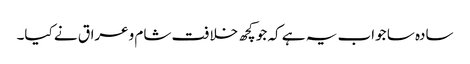
سادہ سا جواب یہ ہے کہ جو کچھ خلافت شام وعراق نے کیا۔